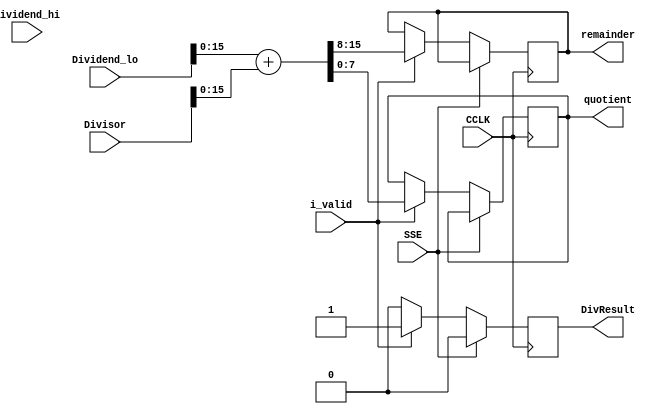
module jg_add_fpga(/*AUTOARG*/
   // Outputs
   quotient, remainder, DivResult, 
   // Inputs
   CCLK, Dividend_hi, Dividend_lo, Divisor, SSE, i_valid
   );
   
   input			CCLK;			// To dut of jg_div_top.v
   input [63:0]		Dividend_hi;		// To dut of jg_div_top.v
   input [63:0]		Dividend_lo;		// To dut of jg_div_top.v
   input [63:0]		Divisor;		// To dut of jg_div_top.v
   input			SSE;			// To dut of jg_div_top.v
//   input			al_is_Div8Divh1_8;	// To dut of jg_div_top.v
   input			i_valid ;	// To dut of jg_div_top.v
//   input			al_is_DualResMulDiv1_8;	// To dut of jg_div_top.v
//   input [3:0] 			al_is_ResEnable1_8;	// To dut of jg_div_top.v
//   input			al_is_SignedMulDiv1_8;	// To dut of jg_div_top.v

   output [7:0] quotient ;
   output [7:0] remainder ;
   output 	DivResult ;
   
   reg [7:0] quotient ;
   reg [7:0] remainder ;
   reg 	     DivResult ;

   always @(posedge CCLK)
     if (SSE)
       DivResult <= 0;
     else
       begin
	  DivResult <= 0;	
	  if (i_valid)
	    begin
	       {remainder,quotient} <= Dividend_lo + Divisor ;
	       DivResult <= 1;
	    end
       end
   
endmodule